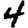
Digit: 4